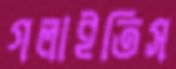
গলাইতিস